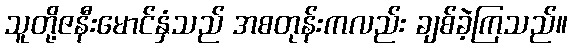
သူတို့ဇနီးမောင်နှံသည် အစတုန်းကလည်း ချစ်ခဲ့ကြသည်။